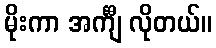
မိုးကာ အင်္ကျီ လိုတယ်။